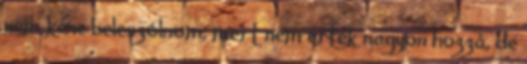
nem kéne beleszólnom, mert nem értek nagyon hozzá, de